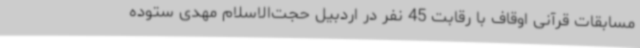
مسابقات قرآنی اوقاف با رقابت 45 نفر در اردبیل حجت‌الاسلام مهدی ستوده